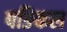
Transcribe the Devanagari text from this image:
पङिकल